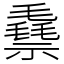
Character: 䄟